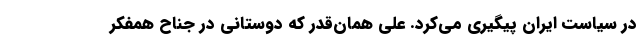
در سیاست ایران پیگیری می‌کرد. علی همان‌قدر که دوستانی در جناح همفکر